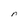
Character: n